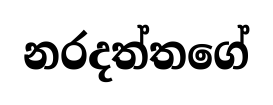
නරදත්තගේ